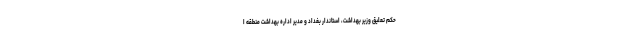
حکم تعلیق وزیر بهداشت، استاندار بغداد و مدیر اداره بهداشت منطقه ا